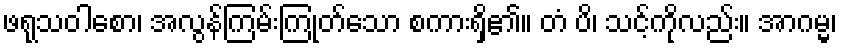
ဖရုသဝါစော၊ အလွန်ကြမ်းကြုတ်သော စကားရှိ၏။ တံ ပိ၊ သင့်ကိုလည်း။ အာဂမ္မ၊